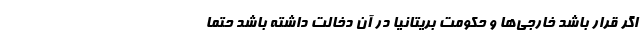
اگر قرار باشد خارجی‌ها و حکومت بریتانیا در آن دخالت داشته باشد حتما